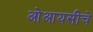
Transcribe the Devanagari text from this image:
ओआयसीचे